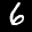
Label: 6